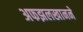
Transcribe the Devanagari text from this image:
अफझलखानने